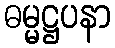
ဓမ္မဋ္ဌပနာ